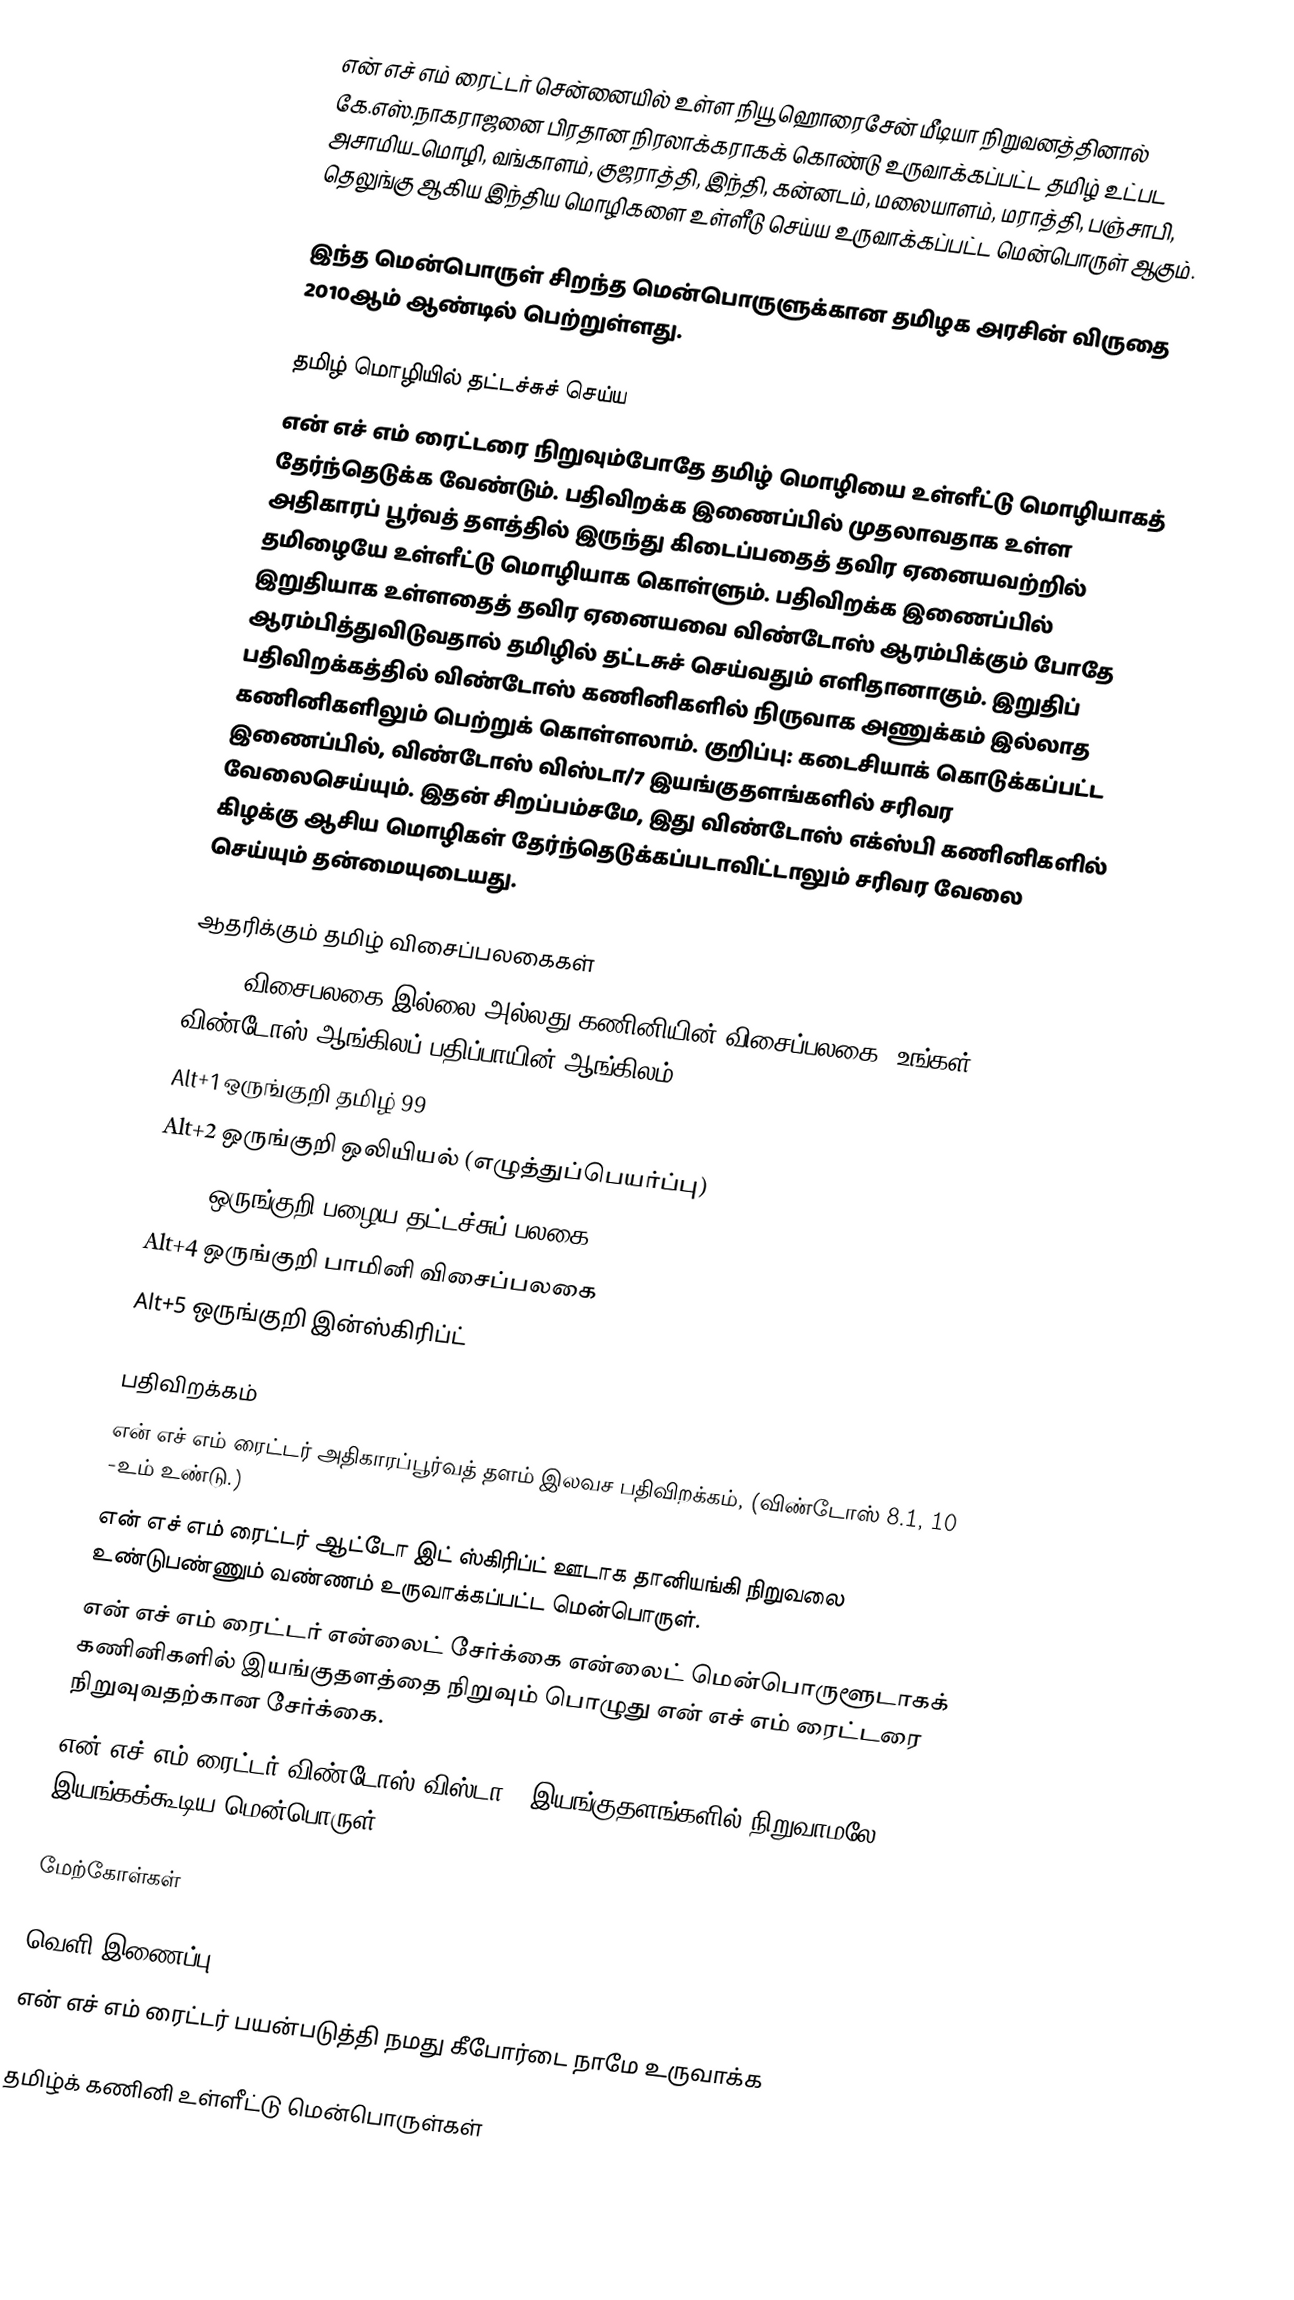
என் எச் எம் ரைட்டர் சென்னையில் உள்ள நியூ ஹொரைசேன் மீடியா நிறுவனத்தினால் கே.எஸ்.நாகராஜனை பிரதான நிரலாக்கராகக் கொண்டு  உருவாக்கப்பட்ட தமிழ் உட்பட அசாமிய_மொழி, வங்காளம், குஜராத்தி, இந்தி, கன்னடம், மலையாளம், மராத்தி, பஞ்சாபி, தெலுங்கு ஆகிய இந்திய மொழிகளை உள்ளீடு செய்ய உருவாக்கப்பட்ட மென்பொருள் ஆகும்.

இந்த மென்பொருள் சிறந்த மென்பொருளுக்கான தமிழக அரசின் விருதை 2010ஆம் ஆண்டில் பெற்றுள்ளது.

தமிழ் மொழியில் தட்டச்சுச் செய்ய
என் எச் எம் ரைட்டரை நிறுவும்போதே தமிழ் மொழியை உள்ளீட்டு மொழியாகத் தேர்ந்தெடுக்க வேண்டும். பதிவிறக்க இணைப்பில் முதலாவதாக உள்ள அதிகாரப் பூர்வத் தளத்தில் இருந்து கிடைப்பதைத் தவிர ஏனையவற்றில் தமிழையே உள்ளீட்டு மொழியாக கொள்ளும். பதிவிறக்க இணைப்பில் இறுதியாக உள்ளதைத் தவிர ஏனையவை விண்டோஸ் ஆரம்பிக்கும் போதே ஆரம்பித்துவிடுவதால் தமிழில் தட்டசுச் செய்வதும் எளிதானாகும். இறுதிப் பதிவிறக்கத்தில் விண்டோஸ் கணினிகளில் நிருவாக அணுக்கம் இல்லாத கணினிகளிலும் பெற்றுக் கொள்ளலாம். குறிப்பு: கடைசியாக் கொடுக்கப்பட்ட இணைப்பில், விண்டோஸ் விஸ்டா/7 இயங்குதளங்களில் சரிவர வேலைசெய்யும். இதன் சிறப்பம்சமே, இது விண்டோஸ் எக்ஸ்பி கணினிகளில் கிழக்கு ஆசிய மொழிகள் தேர்ந்தெடுக்கப்படாவிட்டாலும் சரிவர வேலை செய்யும் தன்மையுடையது.

ஆதரிக்கும் தமிழ் விசைப்பலகைகள்
Alt+0 விசைபலகை இல்லை அல்லது கணினியின் விசைப்பலகை (உங்கள் விண்டோஸ் ஆங்கிலப் பதிப்பாயின் ஆங்கிலம்)
Alt+1 ஒருங்குறி தமிழ் 99
Alt+2 ஒருங்குறி ஒலியியல் (எழுத்துப்பெயர்ப்பு)
Alt+3 ஒருங்குறி பழைய தட்டச்சுப் பலகை
Alt+4 ஒருங்குறி பாமினி விசைப்பலகை
Alt+5 ஒருங்குறி இன்ஸ்கிரிப்ட்

பதிவிறக்கம்
என் எச் எம் ரைட்டர்  அதிகாரப்பூர்வத் தளம் இலவச பதிவிறக்கம், (விண்டோஸ் 8.1, 10 -உம் உண்டு.)
என் எச் எம் ரைட்டர் ஆட்டோ இட் ஸ்கிரிப்ட் ஊடாக தானியங்கி நிறுவலை உண்டுபண்ணும் வண்ணம்  உருவாக்கப்பட்ட மென்பொருள்.
என் எச் எம் ரைட்டர் என்லைட் சேர்க்கை என்லைட் மென்பொருளூடாகக் கணினிகளில் இயங்குதளத்தை நிறுவும் பொழுது என் எச் எம் ரைட்டரை நிறுவுவதற்கான சேர்க்கை.
என் எச் எம் ரைட்டர் விண்டோஸ் விஸ்டா/7 இயங்குதளங்களில் நிறுவாமலே இயங்கக்கூடிய மென்பொருள்.

மேற்கோள்கள்

வெளி இணைப்பு
என் எச் எம் ரைட்டர் பயன்படுத்தி நமது கீபோர்டை நாமே உருவாக்க

 தமிழ்க் கணினி உள்ளீட்டு மென்பொருள்கள்